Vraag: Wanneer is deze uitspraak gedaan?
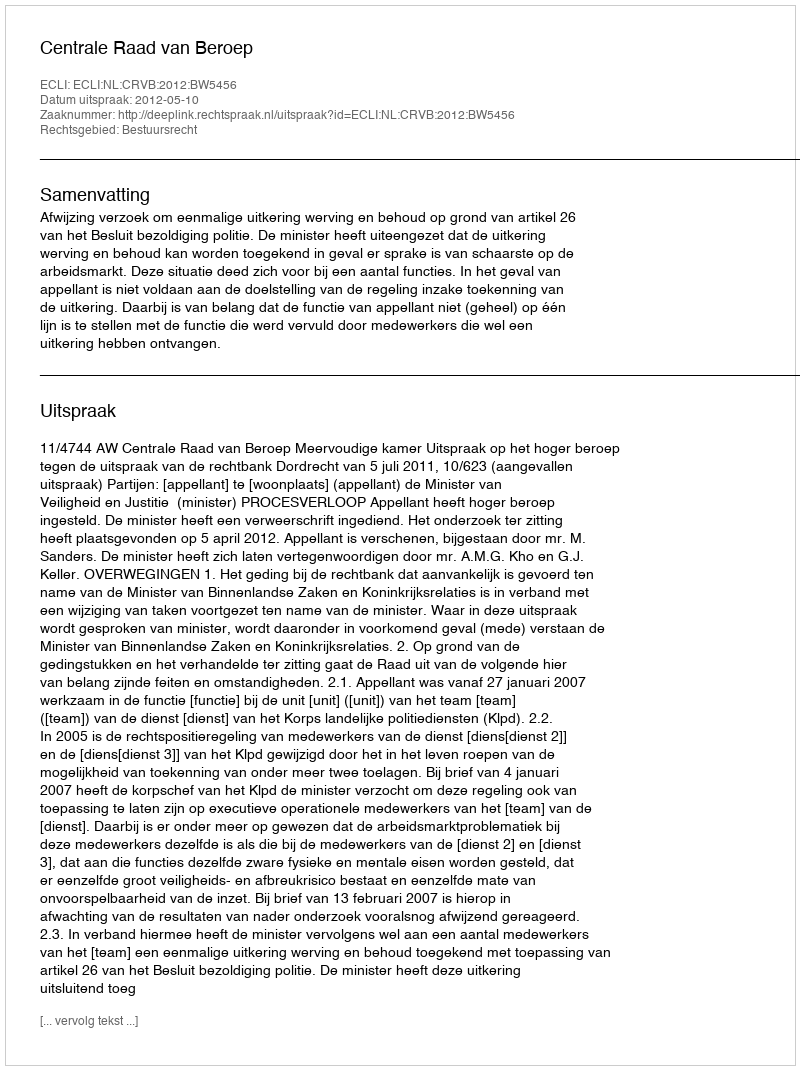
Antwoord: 2012-05-10